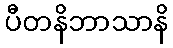
ပီတနိဘာသာနိ